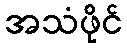
အသံဖိုင်